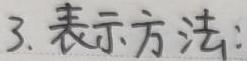
3. 表示方法：